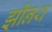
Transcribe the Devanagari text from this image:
झीनथ